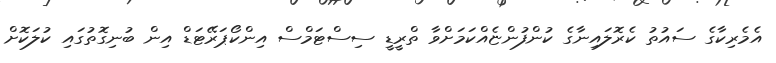
އެމެރިކާގެ ސައުތު ކެރޮލައިނާގެ ކުންފުންޏެއްކަމަށްވާ ތްރީޑީ ސިސްޓަމްސް އިންކޯޕަރޭޓަޑް އިން ބުނިގޮތުގައި ކުލަކޮށް